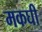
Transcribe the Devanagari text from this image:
मकघी